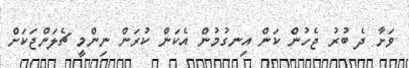
ވަށާ ދެ ބުރު ޖެހުން ކަން އިނގުމުން އެކަން ކުރަން ނިންމީ ޗެލަންޖަކަށް